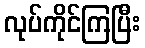
လုပ်ကိုင်ကြပြီး